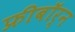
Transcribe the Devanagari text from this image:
फ्रीबॉर्न